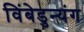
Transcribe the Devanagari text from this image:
विंबेडुन्यंग